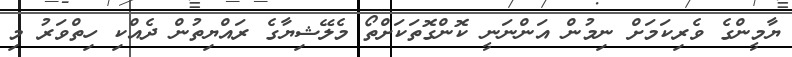
ޔާމީންގެ ވެރިކަމަށް ނިމުން އަންނަނީ ކޮންގޮތަކަށްތޯ މެލޭޝިޔާގެ ރައްޔިތުން ދެއްކި ހިތްވަރު މި